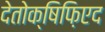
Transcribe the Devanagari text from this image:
देतोक्षिफ़िएद